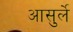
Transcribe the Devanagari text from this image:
आसुर्ले